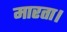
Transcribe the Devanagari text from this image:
मारता।